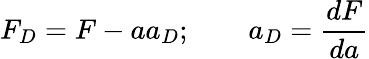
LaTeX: F_{D}=F-aa_{D};\qquad a_{D}=\frac{dF}{da}